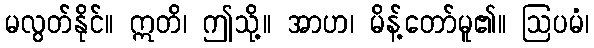
မလွတ်နိုင်။ ဣတိ၊ ဤသို့။ အာဟ၊ မိန့်တော်မူ၏။ ဩပမံ၊